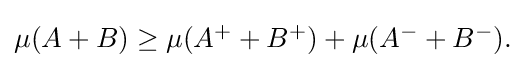
{\textstyle \mu (A+B)\geq \mu (A^{+}+B^{+})+\mu (A^{-}+B^{-}).}